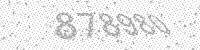
Solution: 878980